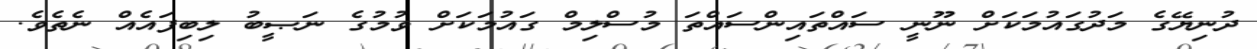
ދުނިޔޭގެ މަދުގައުމަކަށް ނޫނީ ސައްތައިންސައްތަ މުސްލިމް ގައުމަކަށް ވުމުގެ ނަޞީބު ލިބިފައެއް ނެތެވެ.